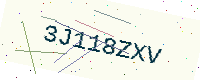
Text: 3J118ZXV